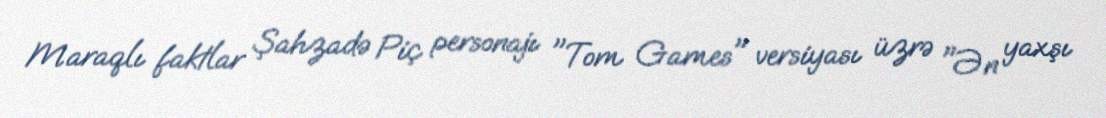
Maraqlı faktlar Şahzadə Piç personajı "Tom Games" versiyası üzrə "Ən yaxşı